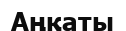
Аңқаты